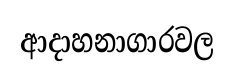
ආදාහනාගාරවල